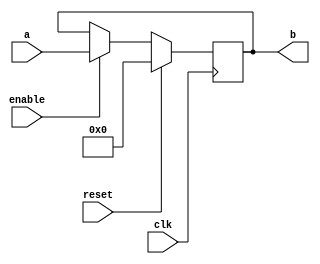
`timescale 1ns / 1ps
//////////////////////////////////////////////////////////////////////////////////
// Company: 
// Engineer: 
// 
// Design Name: 
// Module Name:    enabled_reg 
// Project Name: 
// Target Devices: 
// Tool versions: 
// Description: 
//
// Dependencies: 
//
// Revision: 
// Revision 0.01 - File Created
// Additional Comments: 
//
//////////////////////////////////////////////////////////////////////////////////
module enabled_reg#(parameter WIDTH = 16)
			(input clk, reset, enable, 
			 input [WIDTH-1:0] a,
			 output reg [WIDTH-1:0] b);
	 


always @(posedge clk)
	if (reset)	b <= 0;
	else if (enable) b <= a;
	



endmodule